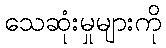
သေဆုံးမှုများကို